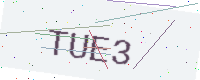
Text: TUE3